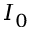
I _ { 0 }